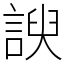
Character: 諛